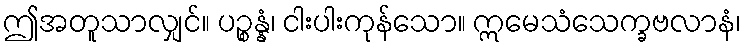
ဤအတူသာလျှင်။ ပဉ္စန္နံ၊ ငါးပါးကုန်သော။ ဣမေသံသေက္ခဗလာနံ၊